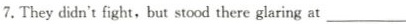
7.They didn't fight,but stood there glaring at___